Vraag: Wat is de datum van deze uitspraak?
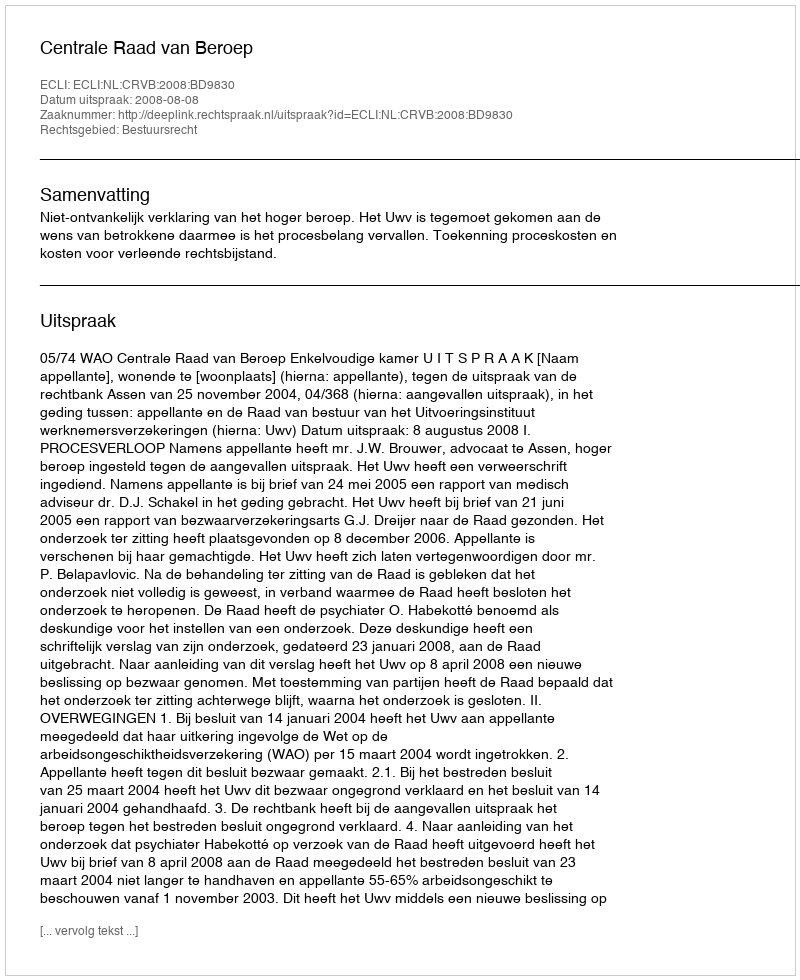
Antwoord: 2008-08-08